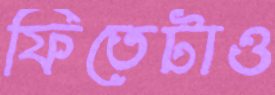
ফিতেটাও